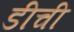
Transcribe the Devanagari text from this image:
डीची